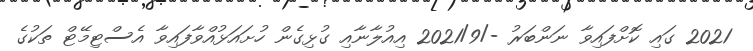
2021 ގައި ކޮށްފައިވާ ނަންބަރު -/2021/9 އިއުލާނާއި ގުޅިގެން ހުށައަޅުއްވާފައިވާ އެސްޓިމޭޓް ތަކުގެ